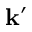
\mathbf { k } ^ { \prime }